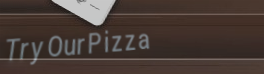
TryOurPizza